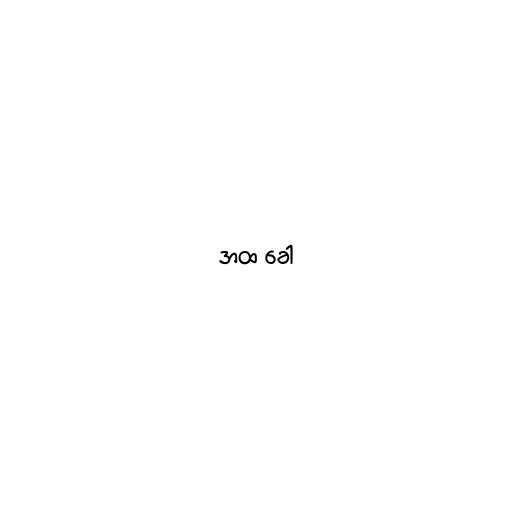
အထ ခေါ